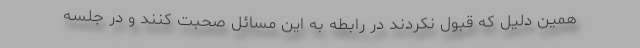
همین دلیل که قبول نکردند در رابطه به این مسائل صحبت کنند و در جلسه